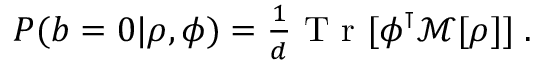
\begin{array} { r } { P ( b = 0 | \rho , \phi ) = \frac { 1 } { d } \mathrm { ~ T ~ r ~ } [ \phi ^ { \intercal } \mathcal { M } [ \rho ] ] \; . } \end{array}